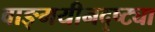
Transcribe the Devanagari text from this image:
वाङ्‌मयीनदृष्ट्या